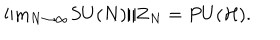
LaTeX: \mathrm { l i m } _ { N \to \infty } S U ( N ) / { \bf Z } _ { N } = P U ( { \cal H } ) .